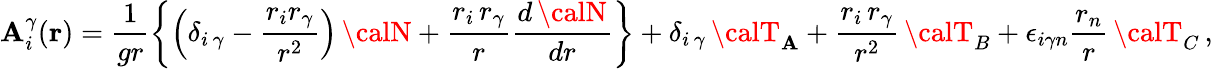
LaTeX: {{\mathbf{A}}_{i}^{\gamma}}({\mathbf{{r}}})=\frac{{1}}{{gr}}\left\{ \left({\delta}_{{i}\, {\gamma}}-\frac{{r_{i}r_{\gamma}}}{{r^{2}}}\right)\, {\calN}+\frac{{r_{i}\, r_{\gamma}}}{{r}}\frac{{d\, {\calN}}}{{dr}}\right\} +{\delta}_{{i}\, {\gamma}}\, {\calT}_{\mathbf{A}}+\frac{{r_{i}\, r_{\gamma}}}{{r^{2}}}\, {\calT}_{B}+{\epsilon}_{i{\gamma}n}\frac{{r_{n}}}{{r}}\, {\calT}_{C}\, ,